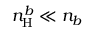
n _ { \mathrm { H } } ^ { b } \ll n _ { b }